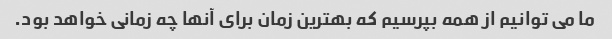
ما می توانیم از همه بپرسیم که بهترین زمان برای آنها چه زمانی خواهد بود.